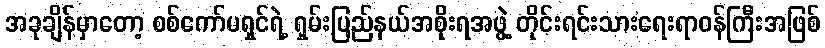
အခုချိန်မှာတော့ စစ်ကော်မရှင်ရဲ့ ရှမ်းပြည်နယ်အစိုးရအဖွဲ့ တိုင်းရင်းသားရေးရာဝန်ကြီးအဖြစ်